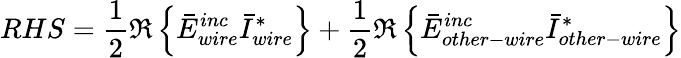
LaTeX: RHS=\frac{1}{2}\Re\left\{ \bar{E}_{wire}^{inc}\bar{I}_{wire}^{*}\right\} +\frac{1}{2}\Re\left\{ \bar{E}_{other-wire}^{inc}\bar{I}_{other-wire}^{*}\right\}